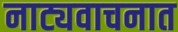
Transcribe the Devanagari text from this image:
नाट्यवाचनात